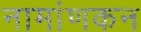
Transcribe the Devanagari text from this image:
नामांणकन